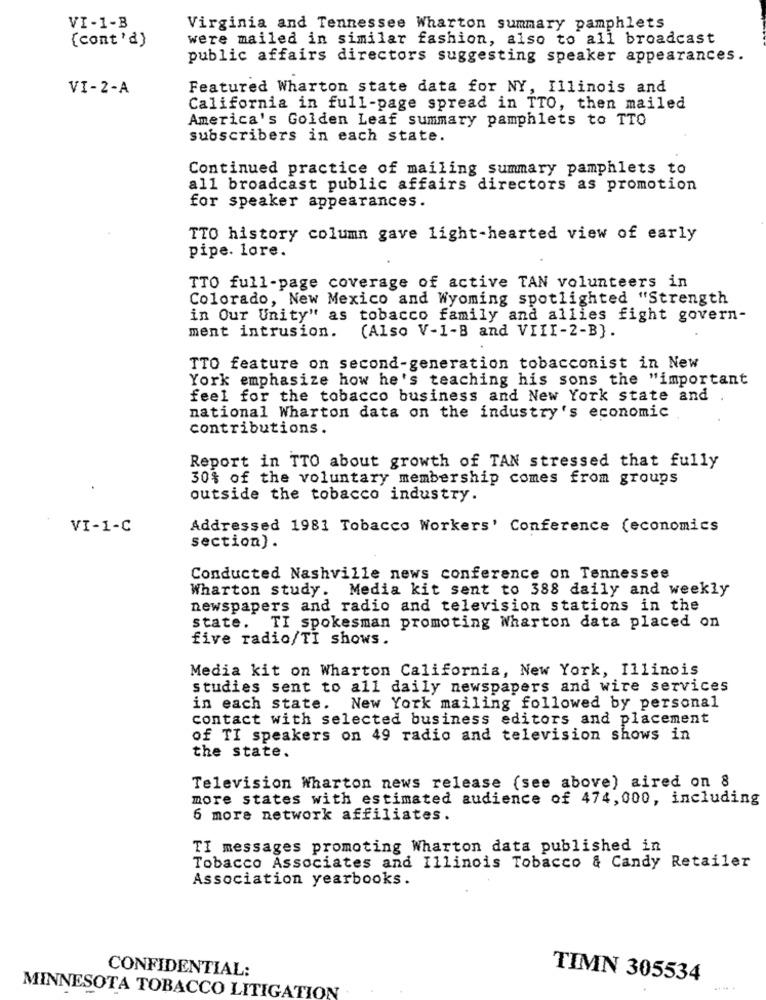
VI-1-B
Virginia and Tennessee Wharton summary pamphlets
(cont'd}
were mailed in similar fashion, also to all broadcast
public affairs directors suggesting speaker appearances.
VI-2-A
Featured Wharton state data for NY, Illinois and
California in full-page spread in TTO, then mailed
America's Golden Leaf summary pamphlets to TTO
subscribers in each state.
Continued practice of mailing summary pamphlets to
all broadcast public affairs directors as promotion
for speaker appearances.
TTO history column gave light-hearted view of early
pipe. lore.
TTO full-page coverage of active TAN volunteers in
Colorado, New Mexico and Wyoming spotlighted "Strength
in Our Unity" as tobacco family and allies fight govern-
ment intrusion.
(Also V-1-B and VIII-2-B).
TTO feature on second-generation tobacconist in New
York emphasize how he's teaching his sons the "important
feel for the tobacco business and New York state and
national Wharton data on the industry's economic
contributions.
Report in TTO about growth of TAN stressed that fully
30% of the voluntary membership comes from groups
outside the tobacco industry.
VI-1-C
Addressed 1981 Tobacco Workers' Conference (economics
section) .
Conducted Nashville news conference on Tennessee
Wharton study. Media kit sent to 388 daily and weekly
newspapers and radio and television stations in the
state.
TI spokesman promoting Wharton data placed on
five radio/TI shows.
Media kit on Wharton California, New York, Illinois
studies sent to all daily newspapers and wire services
in each state. New York mailing followed by personal
contact with selected business editors and placement
of TI speakers on 49 radio and television shows in
the state.
Television Wharton news release (see above) aired on 8
more states with estimated audience of 474,000, including
6 more network affiliates.
TI messages promoting Wharton data published in
Tobacco Associates and Illinois Tobacco & Candy Retailer
Association yearbooks.
CONFIDENTIAL:
TIMN 305534
MINNESOTA TOBACCO LITIGATION